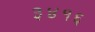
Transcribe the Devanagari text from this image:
३४१६